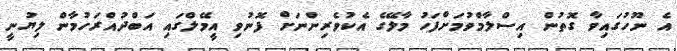
އެ ނޫހުގައިވާ ގޮތުން އިސްލާމްވުމަށްފަހު މާލޭގެ އެކުވެރިންނަށް ފޮނުވި އީމޭލްގައި އަބްދުއްރަހުމާން ލިޔުނީ